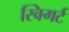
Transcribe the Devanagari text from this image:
स्विगर्ट